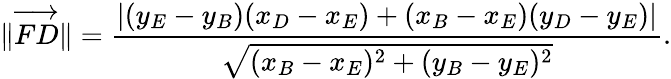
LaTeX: \| \overrightarrow{FD}\| =\frac{\left|(y_{E}-y_{B})(x_{D}-x_{E})+(x_{B}-x_{E})(y_{D}-y_{E})\right|}{\sqrt{(x_{B}-x_{E})^{2}+(y_{B}-y_{E})^{2}}}.